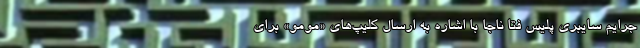
جرایم سایبری پلیس فتا ناجا با اشاره به ارسال کلیپ‌های «مومو» برای